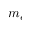
m _ { e }